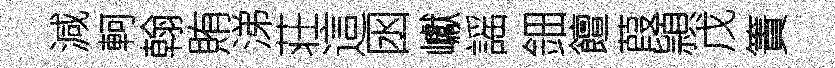
減軻翰賄涕荘這囦巘謡鈿饘葭頴戊簀